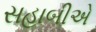
સહાબીએ